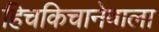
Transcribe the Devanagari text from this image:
हिचकिचानेवाला